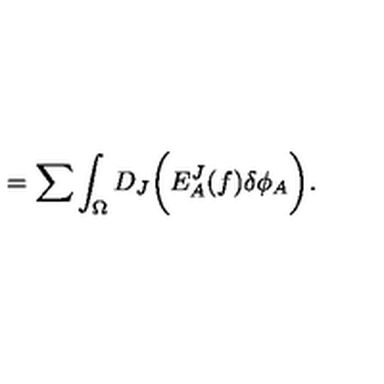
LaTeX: = \sum \int _ { \Omega } D _ { J } \biggl ( E _ { A } ^ { J } ( f ) \delta \phi _ { A } \biggr ) .